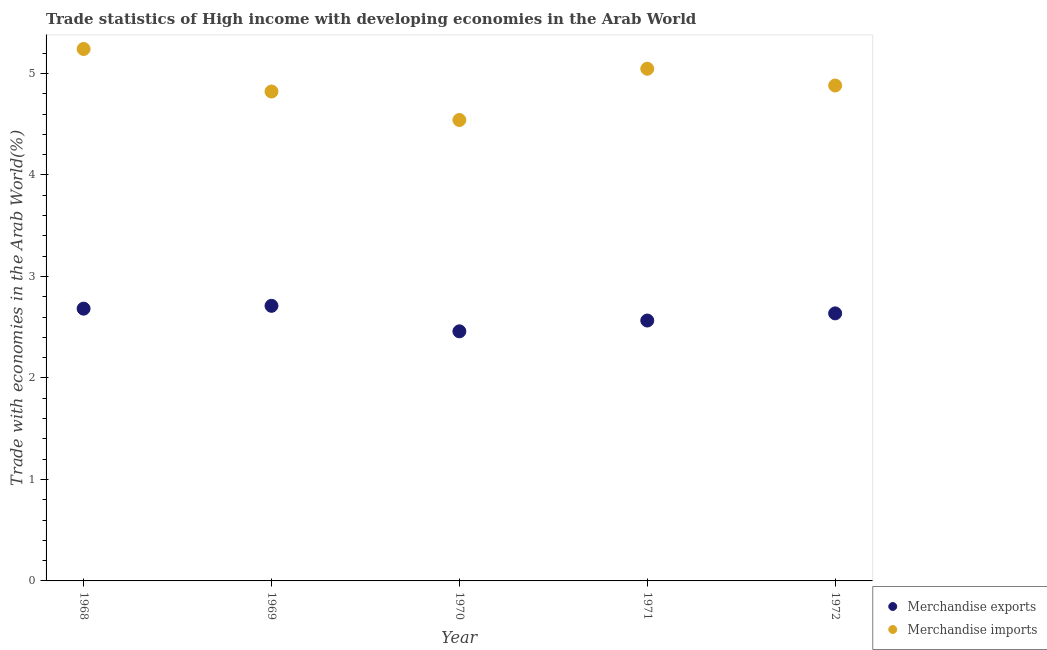
| Year | Merchandise exports | Merchandise imports |
 | --- | --- | --- |
 | 1968 | 2.68 | 5.24 |
 | 1969 | 2.71 | 4.82 |
 | 1970 | 2.46 | 4.54 |
 | 1971 | 2.57 | 5.05 |
 | 1972 | 2.64 | 4.88 |